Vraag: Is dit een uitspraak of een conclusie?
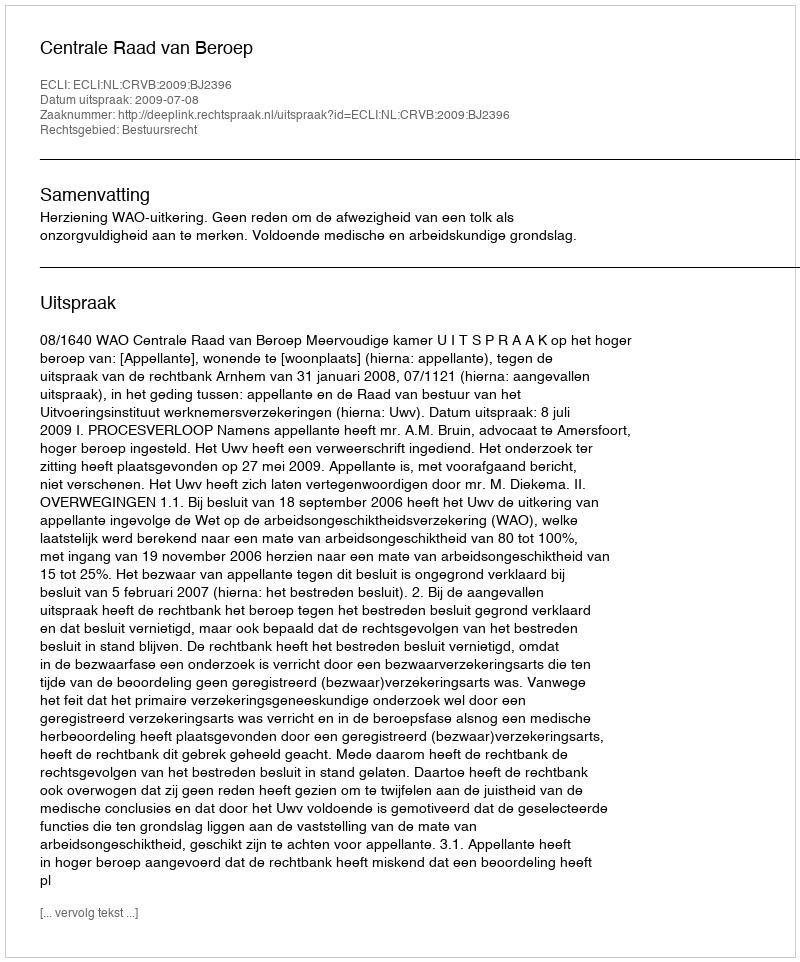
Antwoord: Uitspraak